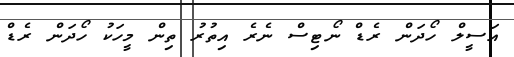
އަސީލް ހޯދަން ރެޑް ނޯޓިސް ނެރެ އިތުރު ތިން މީހަކު ހޯދަން ރެޑް